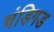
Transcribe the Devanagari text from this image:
चंडिगड